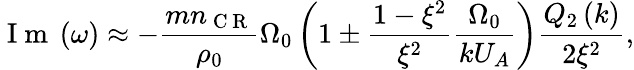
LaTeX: \mathrm{~I~m~}\left(\omega\right)\approx-\frac{mn_{\mathrm{~C~R~}}}{\rho_{0}}\Omega_{0}\left(1\pm\frac{1-\xi^{2}}{\xi^{2}}\frac{\Omega_{0}}{kU_{A}}\right)\frac{Q_{2}\left(k\right)}{2\xi^{2}},